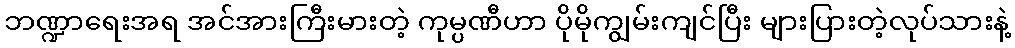
ဘဏ္ဍာရေးအရ အင်အားကြီးမားတဲ့ ကုမ္ပဏီဟာ ပိုမိုကျွမ်းကျင်ပြီး များပြားတဲ့လုပ်သားနဲ့